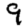
Digit: 9